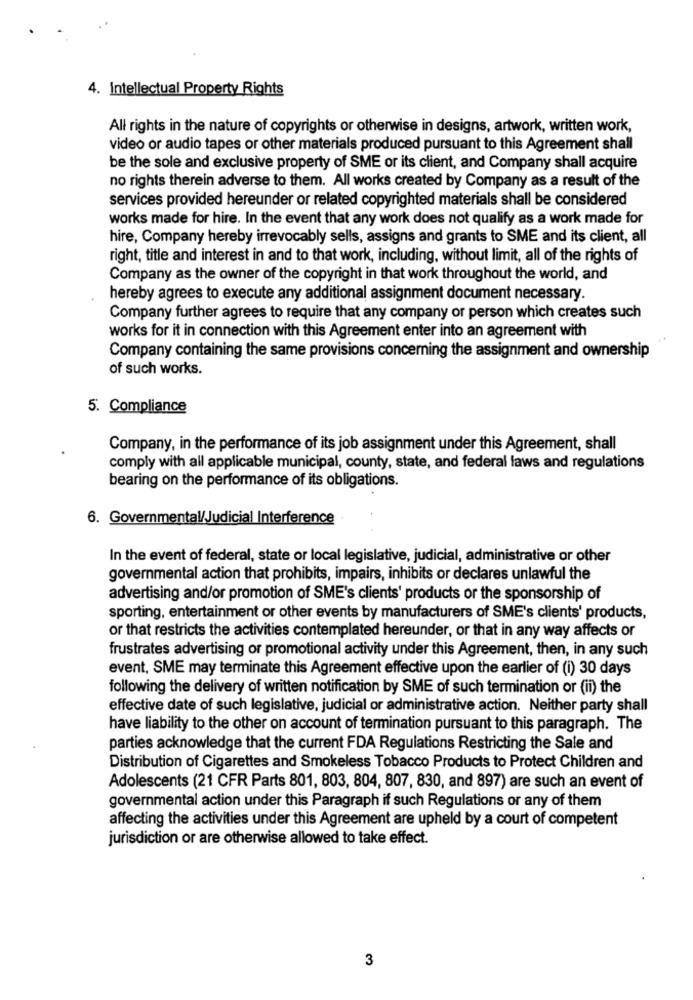
4. Intellectual Property Rights
All rights in the nature of copyrights or otherwise in designs, artwork, written work,
video or audio tapes or other materials produced pursuant to this Agreement shall
be the sole and exclusive property of SME or its client, and Company shall acquire
no rights therein adverse to them. All works created by Company as a result of the
services provided hereunder or related copyrighted materials shall be considered
works made for hire. In the event that any work does not qualify as a work made for
hire, Company hereby irrevocably sells, assigns and grants to SME and its client, all
right, title and interest in and to that work, including, without limit, all of the rights of
Company as the owner of the copyright in that work throughout the world, and
hereby agrees to execute any additional assignment document necessary.
Company further agrees to require that any company or person which creates such
works for it in connection with this Agreement enter into an agreement with
Company containing the same provisions concerning the assignment and ownership
of such works.
5. Compliance
Company, in the performance of its job assignment under this Agreement, shall
comply with all applicable municipal, county, state, and federal laws and regulations
bearing on the performance of its obligations.
6. Governmental/Judicial Interference
In the event of federal, state or local legislative, judicial, administrative or other
governmental action that prohibits, impairs, inhibits or declares unlawful the
advertising and/or promotion of SME's clients' products or the sponsorship of
sporting, entertainment or other events by manufacturers of SME's clients' products,
or that restricts the activities contemplated hereunder, or that in any way affects or
frustrates advertising or promotional activity under this Agreement, then, in any such
event, SME may terminate this Agreement effective upon the earlier of (i) 30 days
following the delivery of written notification by SME of such termination or (ii) the
effective date of such legislative, judicial or administrative action. Neither party shall
have liability to the other on account of termination pursuant to this paragraph. The
parties acknowledge that the current FDA Regulations Restricting the Sale and
Distribution of Cigarettes and Smokeless Tobacco Products to Protect Children and
Adolescents (21 CFR Parts 801, 803, 804, 807, 830, and 897) are such an event of
governmental action under this Paragraph if such Regulations or any of them
affecting the activities under this Agreement are upheld by a court of competent
jurisdiction or are otherwise allowed to take effect.
3